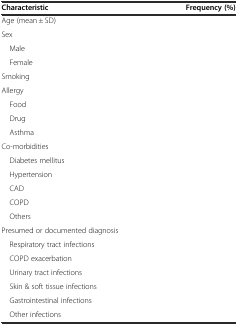
<table><thead><tr><td><b>Characteristic</b></td><td><b>Frequency (%)</b></td></tr></thead><tbody><tr><td>Age (mean ± SD)</td><td>[EMPTY_CELL]</td></tr><tr><td>Sex</td><td>[EMPTY_CELL]</td></tr><tr><td> Male</td><td>[EMPTY_CELL]</td></tr><tr><td> Female</td><td>[EMPTY_CELL]</td></tr><tr><td>Smoking</td><td>[EMPTY_CELL]</td></tr><tr><td>Allergy</td><td>[EMPTY_CELL]</td></tr><tr><td> Food</td><td>[EMPTY_CELL]</td></tr><tr><td> Drug</td><td>[EMPTY_CELL]</td></tr><tr><td> Asthma</td><td>[EMPTY_CELL]</td></tr><tr><td>Co-morbidities</td><td>[EMPTY_CELL]</td></tr><tr><td> Diabetes mellitus</td><td>[EMPTY_CELL]</td></tr><tr><td> Hypertension</td><td>[EMPTY_CELL]</td></tr><tr><td> CAD</td><td>[EMPTY_CELL]</td></tr><tr><td> COPD</td><td>[EMPTY_CELL]</td></tr><tr><td> Others</td><td>[EMPTY_CELL]</td></tr><tr><td colspan="2">Presumed or documented diagnosis</td></tr><tr><td> Respiratory tract infections</td><td>[EMPTY_CELL]</td></tr><tr><td> COPD exacerbation</td><td>[EMPTY_CELL]</td></tr><tr><td> Urinary tract infections</td><td>[EMPTY_CELL]</td></tr><tr><td> Skin &amp; soft tissue infections</td><td>[EMPTY_CELL]</td></tr><tr><td> Gastrointestinal infections</td><td>[EMPTY_CELL]</td></tr><tr><td> Other infections</td><td>[EMPTY_CELL]</td></tr></tbody></table>